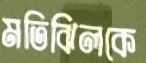
মতিঝিলকে